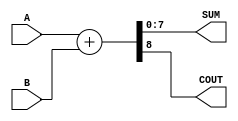
module ParametrizedAdder #(
    parameter WIDTH = 8 // Default width is 8 bits
)(
    input  [WIDTH-1:0] A,      // First input
    input  [WIDTH-1:0] B,      // Second input
    output [WIDTH-1:0] SUM,     // Sum output
    output COUT                // Carry out
);

    // Perform addition
    assign {COUT, SUM} = A + B;

endmodule